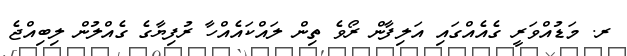
ރ. މަޑުއްވަރީ ގެއެއްގައި އަލިފާން ރޯވެ ތިން ލައްކައެއްހާ ރުފިޔާގެ ގެއްލުން ލިބިއްޖެ